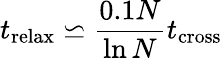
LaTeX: t_{\mathrm{relax}}\backsimeq{\frac{0.1N}{\ln N}}t_{\mathrm{cross}}